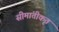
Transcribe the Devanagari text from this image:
सीमांतीकृत